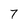
Character: 7